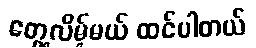
တွေ့လိမ့်မယ် ထင်ပါတယ်